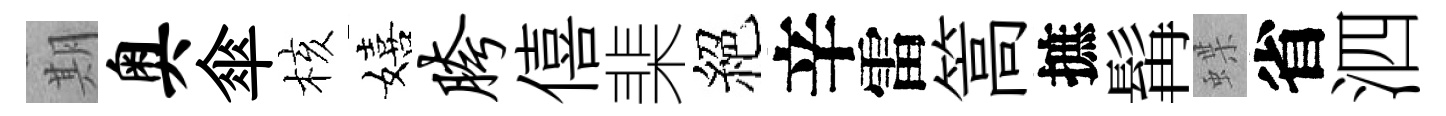
期奥傘核嬉胯僖棐絕辛雷篙摭髯蝶省泗